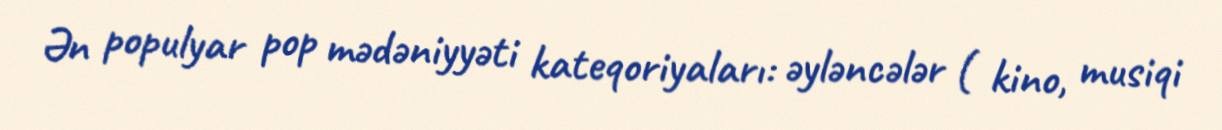
Ən populyar pop mədəniyyəti kateqoriyaları: əyləncələr ( kino, musiqi